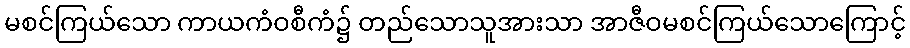
မစင်ကြယ်သော ကာယကံဝစီကံ၌ တည်သောသူအားသာ အာဇီဝမစင်ကြယ်သောကြောင့်